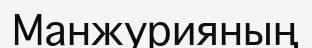
Манжурияның